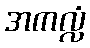
အကလ္လံ